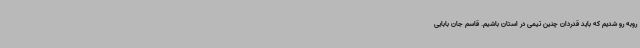
روبه رو شدیم که باید قدردان چنین تیمی در استان باشیم. قاسم جان بابایی